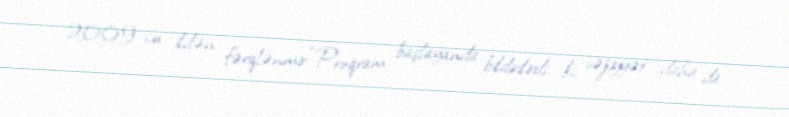
2009-cu ildən fərqlənmir:“Proqram başlayanda bildirilirdi ki, vəziyyət daha da